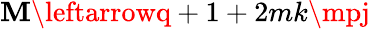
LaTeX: \mathbf{M}\leftarrowq+1+2mk\mpj